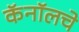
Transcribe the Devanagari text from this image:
कॅनॉलचे